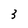
Character: 3